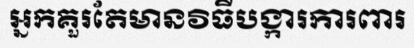
អ្នកគួរតែមានវិធីបង្ការការពារ